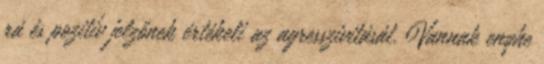
rá és pozitív jelzőnek értékeli az agresszivitását. Vannak enyhe